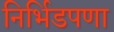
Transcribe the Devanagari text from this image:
निर्भिडपणा